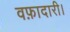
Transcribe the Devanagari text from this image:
वफ़ादारी।